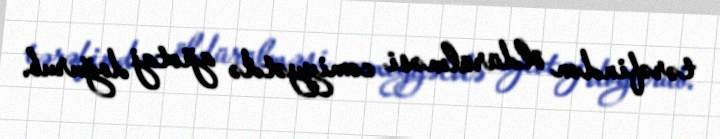
tərəfindən öldürülməsi cəmiyyətdə ajiotaj doğurub.